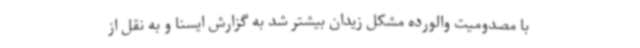
با مصدومیت والورده مشکل زیدان بیشتر شد به گزارش ایسنا و به نقل از